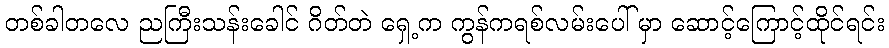
တစ်ခါတလေ ညကြီးသန်းခေါင် ဂိတ်တဲ ရှေ့က ကွန်ကရစ်လမ်းပေါ် မှာ ဆောင့်ကြောင့်ထိုင်ရင်း